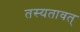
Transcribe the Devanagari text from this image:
तस्यतावत्